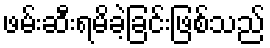
ဖမ်းဆီးရမိခဲ့ခြင်းဖြစ်သည်